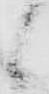
候